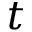
t